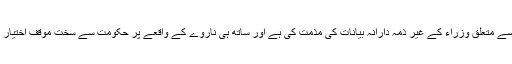
اے پی سی نےسی پیک سے متعلق وزراء کے غیر ذمہ دارانہ بیانات کی مذمت کی ہے اور ساتھ ہی ناروے کے واقعے پر حکومت سے سخت موقف اختیار کرنے کا مطالبہ کیا ہے۔